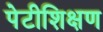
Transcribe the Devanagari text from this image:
पेटीशिक्षण